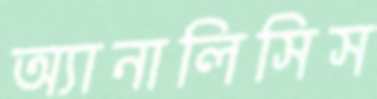
অ্যানালিসিস